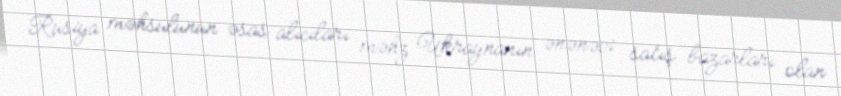
Rusiya məhsulunun əsas alıcıları məhz Ukraynanın ənənəvi satış bazarları olan